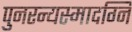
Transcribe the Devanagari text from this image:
पुनरन्यस्मादग्नि